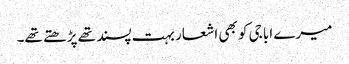
میرے ابا جی کو بھی اشعار بہت پسند تھے پڑھتے تھے۔